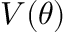
{ \cal V } ( \theta )